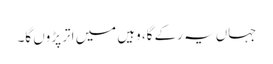
جہاں یہ رکے گا، وہیں میں اتر پڑوں گا۔